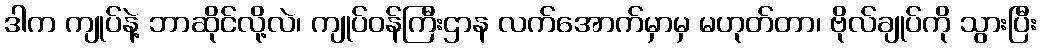
ဒါက ကျုပ်နဲ့ ဘာဆိုင်လို့လဲ၊ ကျုပ်ဝန်ကြီးဌာန လက်အောက်မှာမှ မဟုတ်တာ၊ ဗိုလ်ချုပ်ကို သွားပြီး